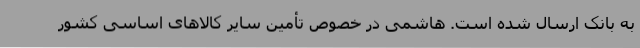
به بانک ارسال شده است. هاشمی در خصوص تأمین سایر کالاهای اساسی کشور